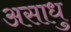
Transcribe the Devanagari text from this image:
असाधु